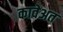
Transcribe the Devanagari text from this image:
कावेअत